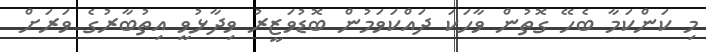
މި ކަންކަމާ ބެހޭ ގޮތުން ވާހަކަ ދައްކަވަމުން ބޮޑުވަޒީރު ވިދާޅުވީ އިތުބާރުގެ ވަރަށް